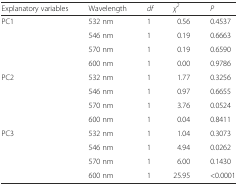
<table><thead><tr><td><b>Explanatory variables</b></td><td><b>Wavelength</b></td><td><b><i>df</i></b></td><td><b><i>χ</i><sup><i>2</i></sup></b></td><td><b><i>P</i></b></td></tr></thead><tbody><tr><td>PC1</td><td>532 nm</td><td>1</td><td>0.56</td><td>0.4537</td></tr><tr><td></td><td>546 nm</td><td>1</td><td>0.19</td><td>0.6663</td></tr><tr><td></td><td>570 nm</td><td>1</td><td>0.19</td><td>0.6590</td></tr><tr><td></td><td>600 nm</td><td>1</td><td>0.00</td><td>0.9786</td></tr><tr><td>PC2</td><td>532 nm</td><td>1</td><td>1.77</td><td>0.3256</td></tr><tr><td></td><td>546 nm</td><td>1</td><td>0.97</td><td>0.6655</td></tr><tr><td></td><td>570 nm</td><td>1</td><td>3.76</td><td>0.0524</td></tr><tr><td></td><td>600 nm</td><td>1</td><td>0.04</td><td>0.8411</td></tr><tr><td>PC3</td><td>532 nm</td><td>1</td><td>1.04</td><td>0.3073</td></tr><tr><td></td><td>546 nm</td><td>1</td><td>4.94</td><td>0.0262</td></tr><tr><td></td><td>570 nm</td><td>1</td><td>6.00</td><td>0.1430</td></tr><tr><td></td><td>600 nm</td><td>1</td><td>25.95</td><td>&lt;0.0001</td></tr></tbody></table>